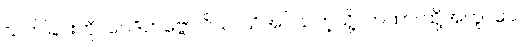
သတ်ခြင်းကို။ ဝေဒိတဗ္ဗော ဝိယ၊ သိအပ်သကဲ့သို့။ တထာ၊ ထို့အတူ။ ပေ။